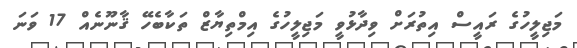
މަޖިލީހުގެ ރައީސް އިތުރަށް ވިދާޅުވީ މަޖިލީހުގެ އިމްތިޔާޒް ތަކާބެހޭ ޤާނޫނެއް 17 ވަނަ